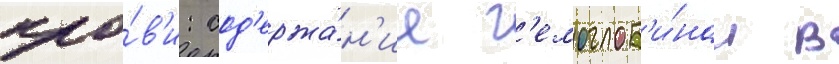
кро́в'и: сод'ержа́н'ие г'емоглоб'и́на в